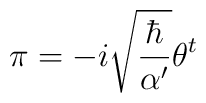
\pi=-i\sqrt{\frac{\hbar}{\alpha'}}\theta^t